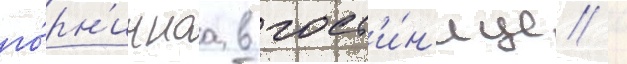
го́рн'ичнаа в гост'и́н'ице /